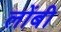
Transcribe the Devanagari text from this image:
लोंबी